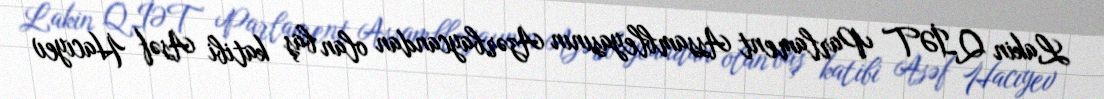
Lakin QİƏT Parlament Assambleyasının Azərbaycandan olan baş katibi Asəf Hacıyev